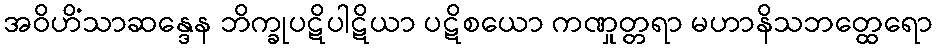
အဝိဟိံသာဆန္ဒေန ဘိက္ခုပဋိပါဋိယာ ပဋိစယော ကဏှုတ္တရာ မဟာနိသဘတ္ထေရော